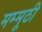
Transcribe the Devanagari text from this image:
मम्मूठी